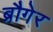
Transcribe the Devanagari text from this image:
ब्रौगेर